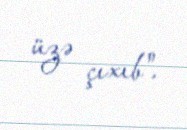
üzə çıxıb".